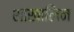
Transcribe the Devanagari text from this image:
शाखालिन